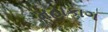
મહાકાગ